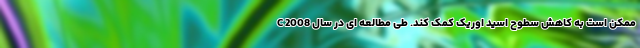
C ممکن است به کاهش سطوح اسید اوریک کمک کند. طی مطالعه ای در سال 2008